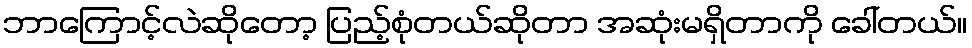
ဘာကြောင့်လဲဆိုတော့ ပြည့်စုံတယ်ဆိုတာ အဆုံးမရှိတာကို ခေါ်တယ်။